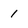
Character: 1